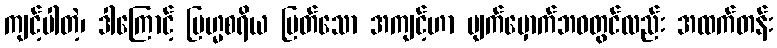
ကျင့်ပါတဲ့၊ ဒါကြောင့် ဗြဟ္မစရိယ မြတ်သော အကျင့်ဟာ မျက်မှောက်ဘဝတွင်လည်း အထက်တန်း